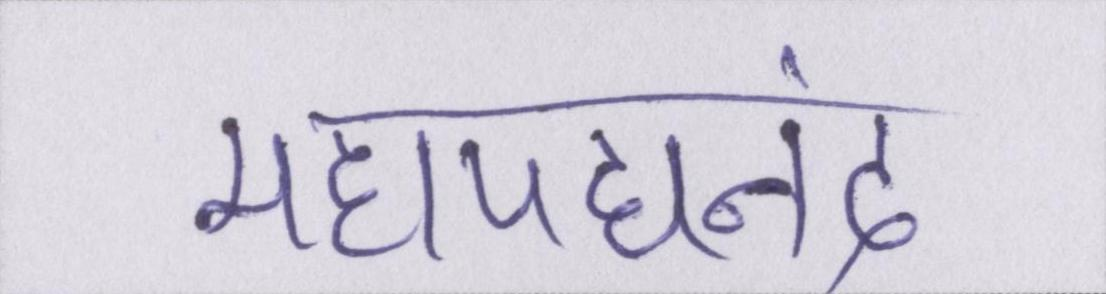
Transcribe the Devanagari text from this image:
महापद्यनंद